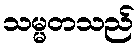
သမ္မတသည်